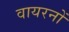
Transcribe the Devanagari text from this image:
वायरनों